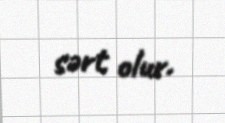
sərt olur.